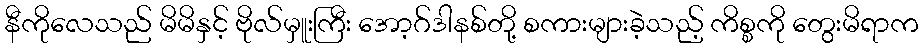
နီကိုလေသည် မိမိနှင့် ဗိုလ်မှူးကြီး အော့ဂ်ဒါနစ်တို့ စကားများခဲ့သည့် ကိစ္စကို တွေးမိရာက